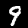
Label: 9